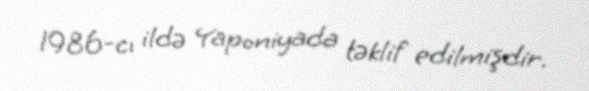
1986-cı ildə Yaponiyada təklif edilmişdir.